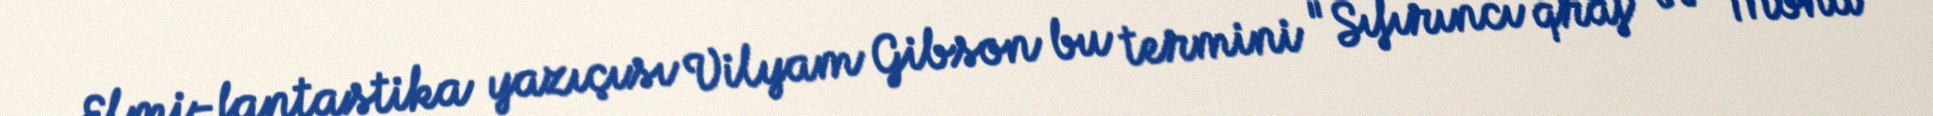
Elmi-fantastika yazıçısı Vilyam Gibson bu termini "Sıfırıncı qraf" və "Mona